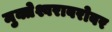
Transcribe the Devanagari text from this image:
मुक्तेश्वराबरोबर